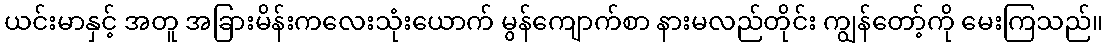
ယင်းမာနှင့် အတူ အခြားမိန်းကလေးသုံးယောက် မွန်ကျောက်စာ နားမလည်တိုင်း ကျွန်တော့်ကို မေးကြသည်။